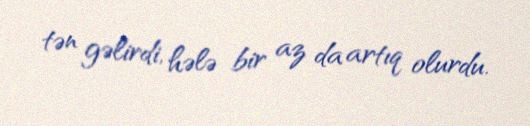
tən gəlirdi, hələ bir az da artıq olurdu.